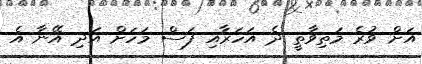
އަށް ވުރެ މަތިވާތީ ދެ އަހަރާއި ފަސް މަހަށް އަދި އޭނާ އެ